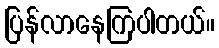
ပြန်လာနေကြပါတယ်။